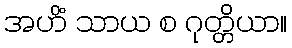
အဟိံ သာယ စ ဂုတ္တိယာ။